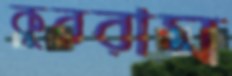
কুররাম